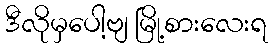
ဒီလိုမှပေါ့ဗျ မြို့စားလေးရ